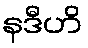
နဒီဟိ